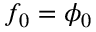
f _ { 0 } = \phi _ { 0 }